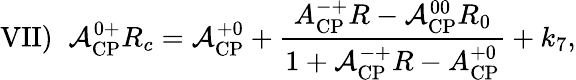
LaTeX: \mathrm{VII})\; \; {\cal A}_{\mathrm{CP}}^{0+}R_{c}={\cal A}_{\mathrm{CP}}^{+0}+{\frac{A_{\mathrm{CP}}^{-+}R-{\cal A}_{\mathrm{CP}}^{00}R_{0}}{1+{\cal A}_{\mathrm{CP}}^{-+}R-A_{\mathrm{CP}}^{+0}}}+k_{7},